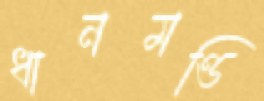
ধানমণ্ডি